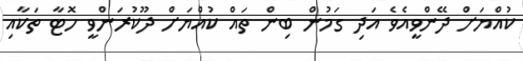
ކުއްޔަށް ދޭންވީއެވެ އަދި ގަމުން ބިން ތައް ކުއްޔަށް ދޫކުރަންވީ ހޮޓާ ތަކާއި